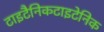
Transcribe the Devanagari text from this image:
टाइटैनिकटाइटेनिक